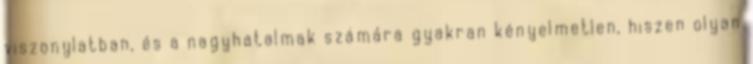
viszonylatban, és a nagyhatalmak számára gyakran kényelmetlen, hiszen olyan